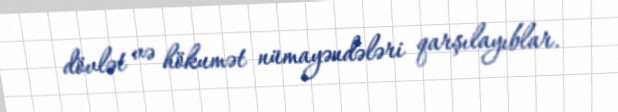
dövlət və hökumət nümayəndələri qarşılayıblar.